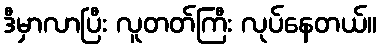
ဒီမှာလာပြီး လူတတ်ကြီး လုပ်နေတယ်။